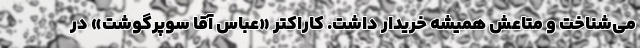
می‌شناخت و متاعش همیشه خریدار داشت. کاراکتر «عباس آقا سوپرگوشت» در